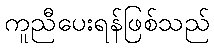
ကူညီပေးရန်ဖြစ်သည်